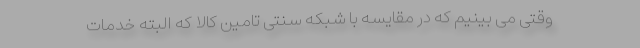
وقتی می بینیم که در مقایسه با شبکه سنتی تامین کالا که البته خدمات